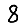
Digit: 8